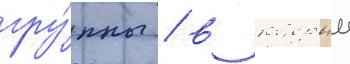
гру́ппы / в которыи